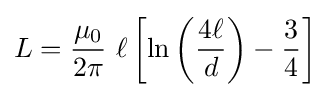
L={\frac {\mu _{0}}{2\pi }}\ \ell \left[\ln \left({\frac {4\ell }{d}}\right)-{\frac {3}{4}}\right]